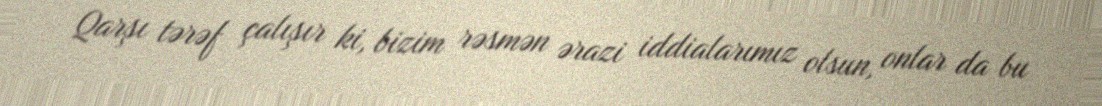
Qarşı tərəf çalışır ki, bizim rəsmən ərazi iddialarımız olsun, onlar da bu